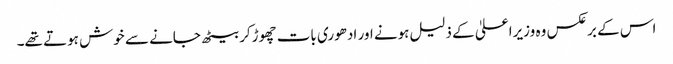
اس کے برعکس وہ وزیراعلیٰ کے ذلیل ہونے اور ادھوری بات چھوڑکر بیٹھ جانے سے خوش ہوتے تھے۔